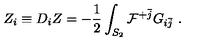
Z _ { i } \equiv D _ { i } Z = - { \frac { 1 } { 2 } } \int _ { S _ { 2 } } { \cal F } ^ { + \bar { j } } G _ { i \bar { j } } \ .